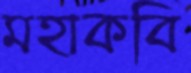
মহাকবি